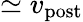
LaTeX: \simeq v_{\mathrm{post}}